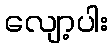
လျော့ပါး